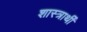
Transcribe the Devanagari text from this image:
शास्त्रार्थी